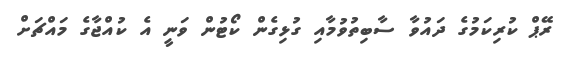
ރޭޕް ކުރިކަމުގެ ދައުވާ ސާބިތުވުމާއި ގުޅިގެން ކޯޓުން ވަނީ އެ ކުއްޖާގެ މައްޗަށް